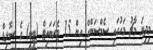
މިދިޔަ މާޗު މަހުގައި ސެމްސަންގް އިން 15 ޓެރަބައިޓް (ޓީބީ) ގެ ސޮލިޑް